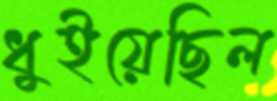
ধুইয়েছিল